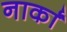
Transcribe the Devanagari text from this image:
नार्कां